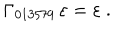
LaTeX: \Gamma _ { 0 1 3 5 7 9 } \, \varepsilon = \varepsilon ~ .